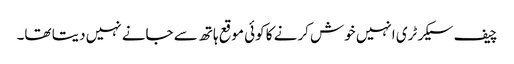
چیف سیکرٹری انہیں خوش کرنے کا کوئی موقع ہاتھ سے جانے نہیں دیتا تھا۔